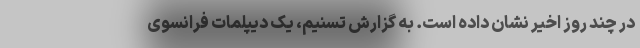
در چند روز اخیر نشان داده است. به گزارش تسنیم، یک دیپلمات فرانسوی